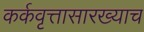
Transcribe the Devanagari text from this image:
कर्कवृत्तासारख्याच